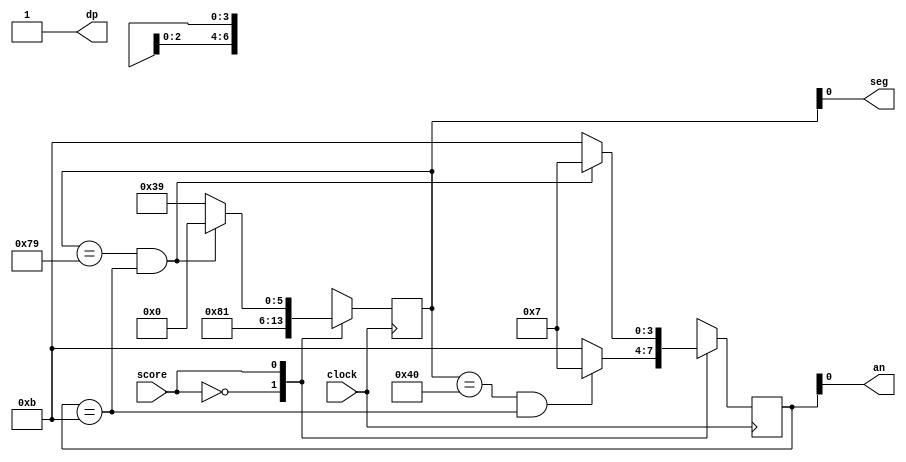
module segment_score(
    input clock,
    input score,
    output an,
    output seg,
    output dp
    );
    
    reg [6:0] cathodecontrol = 7'b1111111;
    reg [3:0] anodecontrol = 4'b1111;
    reg dpcontrol = 1;
    
    assign seg = cathodecontrol;
    assign an = anodecontrol;
    assign dp = dpcontrol;
    
    always @ (posedge clock) begin
    
    case (score)
    0: begin
    if(cathodecontrol == 7'b1000000 && anodecontrol == 4'b1011) begin
    cathodecontrol = 7'b1000000; //0
    anodecontrol = 4'b0111;
    end
    else begin
    cathodecontrol = 7'b1000000; //0
    anodecontrol = 4'b1011;
    end
    end
    1: begin
    if(cathodecontrol == 7'b1111001 && anodecontrol == 4'b1011) begin
    cathodecontrol = 7'b1000000; //0
    anodecontrol = 4'b0111;
    end
    else begin
    cathodecontrol = 7'b1111001; //1
    anodecontrol = 4'b1011;
    end
    end
    2: begin
    if(cathodecontrol == 7'b0100100 && anodecontrol == 4'b1011) begin
    cathodecontrol = 7'b1000000; //0
    anodecontrol = 4'b0111;
    end
    else begin
    cathodecontrol = 7'b0100100; //2
    anodecontrol = 4'b1011;
    end
    end
    3: begin
    if(cathodecontrol == 7'b0110000 && anodecontrol == 4'b1011) begin
    cathodecontrol = 7'b1000000; //0
    anodecontrol = 4'b0111;
    end
    else begin
    cathodecontrol = 7'b0110000; //3
    anodecontrol = 4'b1011;
    end
    end
    4: begin
    if(cathodecontrol == 7'b0011001 && anodecontrol == 4'b1011) begin
    cathodecontrol = 7'b1000000; //0
    anodecontrol = 4'b0111;
    end
    else begin
    cathodecontrol = 7'b0011001; //4
    anodecontrol = 4'b1011;
    end
    end
    5: begin
    if(cathodecontrol == 7'b0010010 && anodecontrol == 4'b1011) begin
    cathodecontrol = 7'b1000000; //0
    anodecontrol = 4'b0111;
    end
    else begin
    cathodecontrol = 7'b0010010; //5
    anodecontrol = 4'b1011;
    end
    end
    6: begin
    if(cathodecontrol == 7'b0000010 && anodecontrol == 4'b1011) begin
    cathodecontrol = 7'b1000000; //0
    anodecontrol = 4'b0111;
    end
    else begin
    cathodecontrol = 7'b0000010; //6
    anodecontrol = 4'b1011;
    end
    end
    7: begin
    if(cathodecontrol == 7'b1111000 && anodecontrol == 4'b1011) begin
    cathodecontrol = 7'b1000000; //0
    anodecontrol = 4'b0111;
    end
    else begin
    cathodecontrol = 7'b1111000; //7
    anodecontrol = 4'b1011;
    end
    end
    8: begin
    if(cathodecontrol == 7'b0000000 && anodecontrol == 4'b1011) begin
    cathodecontrol = 7'b1000000; //0
    anodecontrol = 4'b0111;
    end
    else begin
    cathodecontrol = 7'b0000000; //8
    anodecontrol = 4'b1011;
    end
    end
    9: begin
    if(cathodecontrol == 7'b0010000 && anodecontrol == 4'b1011) begin
    cathodecontrol = 7'b1000000; //0
    anodecontrol = 4'b0111;
    end
    else begin
    cathodecontrol = 7'b0010000; //9
    anodecontrol = 4'b1011;
    end
    end
    10: begin
    if(cathodecontrol== 7'b1000000 && anodecontrol == 4'b1011) begin
    cathodecontrol = 7'b1111001; //1
    anodecontrol = 4'b0111;
    end
    else begin
    cathodecontrol = 7'b1000000; //0
    anodecontrol = 4'b1011;
    end
    end
    11: begin
    if(cathodecontrol == 7'b1111001 && anodecontrol == 4'b1011) begin
    cathodecontrol = 7'b1111001; //1
    anodecontrol = 4'b0111;
    end
    else begin
    cathodecontrol = 7'b1111001; //1
    anodecontrol = 4'b1011;
    end
    end
    12: begin
    if(cathodecontrol == 7'b0100100 && anodecontrol == 4'b1011) begin
    cathodecontrol = 7'b1111001; //1
    anodecontrol = 4'b0111;
    end
    else begin
    cathodecontrol = 7'b0100100; //2
    anodecontrol = 4'b1011;
    end
    end
    13: begin
    if(cathodecontrol == 7'b0110000 && anodecontrol == 4'b1011) begin
    cathodecontrol = 7'b1111001; //1
    anodecontrol = 4'b0111;
    end
    else begin
    cathodecontrol = 7'b0110000; //3
    anodecontrol = 4'b1011;
    end
    end
    14: begin
    if(cathodecontrol == 7'b0011001 && anodecontrol == 4'b1011) begin
    cathodecontrol = 7'b1111001; //1
    anodecontrol = 4'b0111;
    end
    else begin
    cathodecontrol = 7'b0011001; //4
    anodecontrol = 4'b1011;
    end
    end
    15: begin
    if(cathodecontrol == 7'b0010010 && anodecontrol == 4'b1011) begin
    cathodecontrol = 7'b1111001; //1
    anodecontrol = 4'b0111;
    end
    else begin
    cathodecontrol = 7'b0010010; //5
    anodecontrol = 4'b1011;
    end
    end
    16: begin
    if(cathodecontrol == 7'b0000010 && anodecontrol == 4'b1011) begin
    cathodecontrol = 7'b1111001; //1
    anodecontrol = 4'b0111;
    end
    else begin
    cathodecontrol = 7'b0000010; //6
    anodecontrol = 4'b01011;
    end
    end
    17: begin
    if(cathodecontrol == 7'b1111000 && anodecontrol == 4'b1011) begin
    cathodecontrol = 7'b1111001; //1
    anodecontrol = 4'b0111;
    end
    else begin
    cathodecontrol = 7'b1111000; //7
    anodecontrol = 4'b1011;
    end
    end
    18: begin
    if(cathodecontrol == 7'b0000000 && anodecontrol == 4'b1011) begin
    cathodecontrol = 7'b1111001; //1
    anodecontrol = 4'b0111;
    end
    else begin
    cathodecontrol = 7'b0000000; //8
    anodecontrol = 4'b1011;
    end
    end
    19: begin
    if(cathodecontrol == 7'b0010000 && anodecontrol == 4'b1011) begin
    cathodecontrol = 7'b1111001; //1
    anodecontrol = 4'b0111;
    end
    else begin
    cathodecontrol = 7'b0010000; //9
    anodecontrol = 4'b1011;
    end
    end
    20: begin
    if(cathodecontrol == 7'b1000000 && anodecontrol == 4'b1011) begin
    cathodecontrol = 7'b0100100; //2
    anodecontrol = 4'b0111;
    end
    else begin
    cathodecontrol = 7'b1000000; //0
    anodecontrol = 4'b1011;
    end
    end
    21: begin
    if(cathodecontrol == 7'b1111001 && anodecontrol == 4'b1011) begin
    cathodecontrol = 7'b0100100; //2
    anodecontrol = 4'b0111;
    end
    else begin
    cathodecontrol = 7'b1111001; //1
    anodecontrol = 4'b1011;
    end
    end
    22: begin
    if(cathodecontrol == 7'b0100100 && anodecontrol == 4'b1011) begin
    cathodecontrol = 7'b0100100; //2
    anodecontrol = 4'b0111;
    end
    else begin
    cathodecontrol = 7'b0100100; //2
    anodecontrol = 4'b1011;
    end
    end
    23: begin
    if(cathodecontrol == 7'b0110000 && anodecontrol == 4'b1011) begin
    cathodecontrol = 7'b0100100; //2
    anodecontrol = 4'b0111;
    end
    else begin
    cathodecontrol = 7'b0110000; //3
    anodecontrol = 4'b1011;
    end
    end
    24: begin
    if(cathodecontrol == 7'b0011001 && anodecontrol == 4'b1011) begin
    cathodecontrol = 7'b0100100; //2
    anodecontrol = 4'b0111;
    end
    else begin
    cathodecontrol = 7'b0011001; //4
    anodecontrol = 4'b1011;
    end
    end
    25: begin
    if(cathodecontrol == 7'b0010010 && anodecontrol == 4'b1011) begin
    cathodecontrol = 7'b0100100; //2
    anodecontrol = 4'b0111;
    end
    else begin
    cathodecontrol = 7'b0010010; //5
    anodecontrol = 4'b1011;
    end
    end
    26: begin
    if(cathodecontrol == 7'b0000010 && anodecontrol == 4'b1011) begin
    cathodecontrol = 7'b0100100; //2
    anodecontrol = 4'b0111;
    end
    else begin
    cathodecontrol = 7'b0000010; //6
    anodecontrol = 4'b1011;
    end
    end
    27: begin
    if(cathodecontrol == 7'b1111000 && anodecontrol == 4'b1011) begin
    cathodecontrol = 7'b0100100; //2
    anodecontrol = 4'b0111;
    end
    else begin
    cathodecontrol = 7'b1111000; //7
    anodecontrol = 4'b1011;
    end
    end
    28: begin
    if(cathodecontrol == 7'b0000000 && anodecontrol == 4'b1011) begin
    cathodecontrol = 7'b0100100; //2
    anodecontrol = 4'b0111;
    end
    else begin
    cathodecontrol = 7'b0000000; //8
    anodecontrol = 4'b1011;
    end
    end
    29: begin
    if(cathodecontrol == 7'b0010000 && anodecontrol == 4'b1011) begin
    cathodecontrol = 7'b0100100; //2
    anodecontrol = 4'b0111;
    end
    else begin
    cathodecontrol = 7'b0010000; //9
    anodecontrol = 4'b1011;
    end
    end
    30: begin
    if(cathodecontrol == 7'b1000000 && anodecontrol == 4'b1011) begin
    cathodecontrol = 7'b0110000; //3
    anodecontrol = 4'b0111;
    end
    else begin
    cathodecontrol = 7'b1000000; //0
    anodecontrol = 4'b1011;
    end
    end
    default: begin
    if(cathodecontrol == 7'b1000000 && anodecontrol == 4'b0111) begin
    cathodecontrol = 7'b0110000; //3
    anodecontrol = 4'b0111;
    end
    else begin
    cathodecontrol = 7'b1000000; //0
    anodecontrol = 4'b1011;
    end
    end
    endcase
    
    end

endmodule